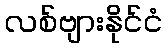
လစ်ဗျားနိုင်ငံ